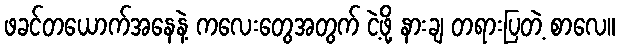
ဖခင်တယောက်အနေနဲ့ ကလေးတွေအတွက် ငဲ့ဖို့ နားချ တရားပြတဲ့ စာလေ။